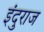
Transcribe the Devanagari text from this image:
इंदुराज